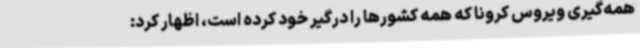
همه‌گیری ویروس کرونا که همه کشورها را درگیر خود کرده است، اظهار کرد: